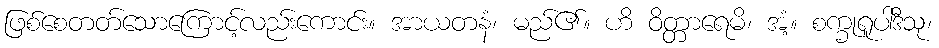
ဖြစ်စေတတ်သောကြောင့်လည်းကောင်း။ အာယတနံ၊ မည်၏။ ဟိ ဝိတ္တာရေမိ၊ အံ့။ စက္ခုရူပါဒီသု၊